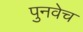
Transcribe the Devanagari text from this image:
पुनवेच